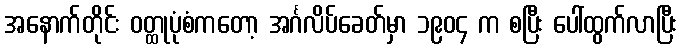
အနောက်တိုင်း ဝတ္ထုပုံစံကတော့ အင်္ဂလိပ်ခေတ်မှာ ၁၉၀၄ က စပြီး ပေါ်ထွက်လာပြီး